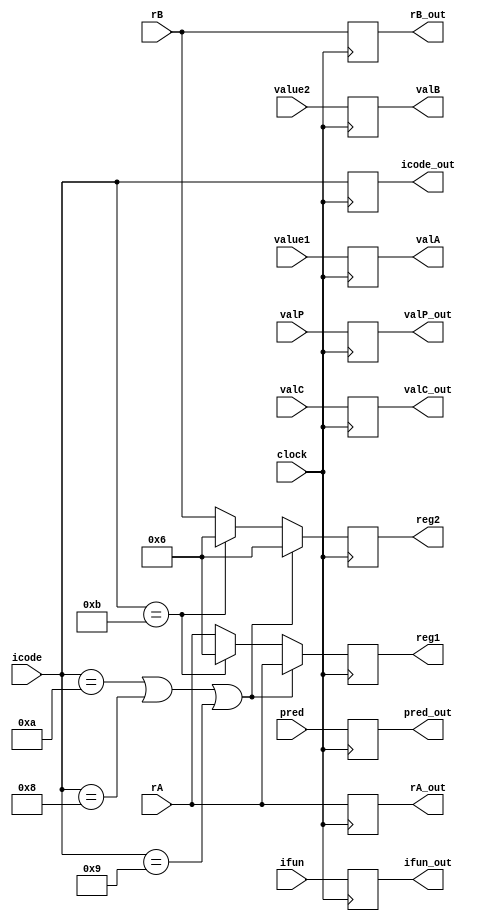
module decode(
	//from previous stage
	icode, ifun, rA, rB, valC, valP, pred,
	//external
	clock, reg1, reg2, value1, value2, 
	//to next stage
	icode_out, ifun_out, rA_out, rB_out, valA, valB, valC_out, valP_out, pred_out
);
	
	input [3:0] icode; 
	input [3:0] ifun; 
	input [3:0] rA; 
	input [3:0] rB; 
	input [31:0] valC; 
	input [31:0] valP; 
	input pred;
	
	input clock;
	 
	output reg [3:0] icode_out; 
	output reg [3:0] ifun_out; 
	output reg [3:0] rA_out; 
	output reg [3:0] rB_out; 
	output reg [31:0] valA; 
	output reg [31:0] valB; 
	output reg [31:0] valC_out; 
	output reg [31:0] valP_out; 
	output reg pred_out;
	
	output reg [3:0] reg1;
	output reg [3:0] reg2;
	input [31:0] value1;
	input [31:0] value2;

	always @ (posedge clock) begin
		if (icode == 'hA || icode == 8 || icode == 9) begin
			reg1 <= rA;
			reg2 <= 6;
		end
		else if (icode == 'hB) begin
			reg1 <= 6;
			reg2 <= 6;
		end
		else begin
			reg1 <= rA;
			reg2 <= rB;
		end
		
		valA <= value1;
		valB <= value2;
		
		icode_out <= icode;
		ifun_out <= ifun; 
		rA_out <= rA; 
		rB_out <= rB;
		valC_out <= valC;
		valP_out <= valP; 
		pred_out <= pred;
	end
endmodule